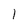
Character: 1